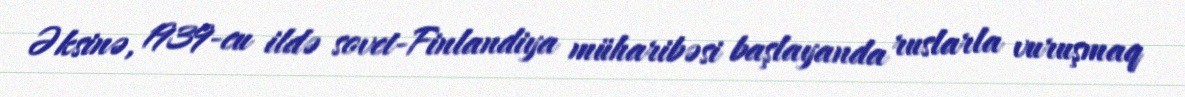
Əksinə, 1939-cu ildə sovet-Finlandiya müharibəsi başlayanda ruslarla vuruşmaq